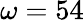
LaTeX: \omega=54